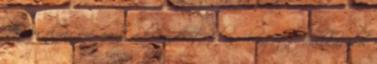
A szív olyan szó, amit a kimondhatatlan felvágott mellkasából